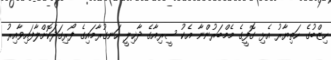
ހިޒްބުގެ ހަތިޔާރު އެޅި ގޮފީގެ މެމްބަރުންނާ އެކު ސީރިއާގެ ދާޚިލީ ހަނގުރާމައިގެ ފޯރިގަދަކޮށްލާފައިވާއިރު